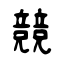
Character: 競